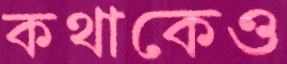
কথাকেও